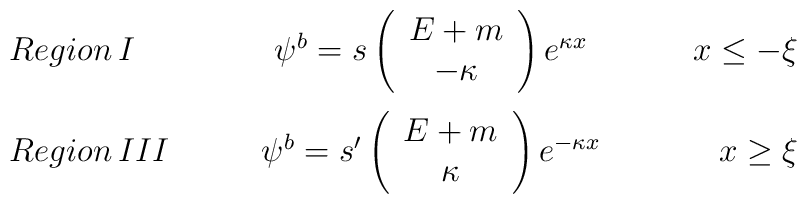
\begin{array}{lcr}Region\,I\qquad & \psi ^{b}=s\left( \begin{array}{c}E+m \\ -\kappa\end{array}\right) e^{\kappa x} & \qquad x\leq -\xi \\[0.5cm] Region\,III\qquad & \psi ^{b}=s^{\prime }\left( \begin{array}{c}E+m \\ \kappa\end{array}\right) e^{-\kappa x} & \qquad x\geq \xi\end{array}